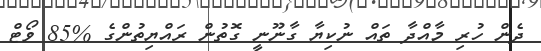
ދެން ހުރި މާއްދާ ތައް ނުކިިޔާ ގާނޫނީ ގޮތުން ރައްޔިތުންގެ %85 ވޯޓް